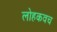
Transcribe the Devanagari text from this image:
लोहकवच